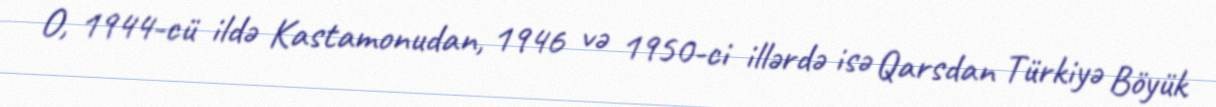
O, 1944-cü ildə Kastamonudan, 1946 və 1950-ci illərdə isə Qarsdan Türkiyə Böyük